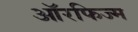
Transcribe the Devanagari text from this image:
ऑरफिज्म